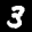
Label: 3